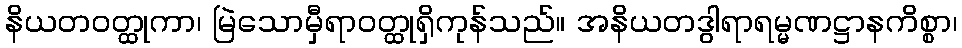
နိယတဝတ္ထုကာ၊ မြဲသောမှီရာဝတ္ထုရှိကုန်သည်။ အနိယတဒွါရာရမ္မဏဋ္ဌာနကိစ္စာ၊